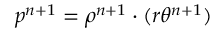
p ^ { n + 1 } = \rho ^ { n + 1 } \cdot ( r \theta ^ { n + 1 } )